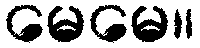
မေမေ။